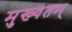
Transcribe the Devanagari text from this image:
मुख्यतम्